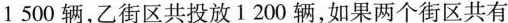
1500辆，乙街区共投放1200辆，如果两个街区共有